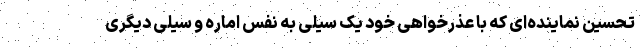
تحسین نماینده‌ای که با عذرخواهی خود یک سیلی به نفس اماره و سیلی دیگری